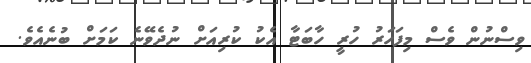
ވިސްނުން ވެސް މިފަހަރު ހުރީ ހާބަޓާ އެކު ކުރިއަށް ނުދެވޭނެ ކަމަށް ބުނެއެވެ.